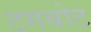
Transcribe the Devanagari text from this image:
टगबोट